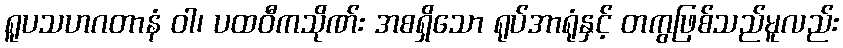
ရူပသဟဂတာနံ ဝါ၊ ပထဝီကသိုဏ်း အစရှိသော ရုပ်အာရုံနှင့် တကွဖြစ်သည်မူလည်း